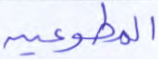
المطوعين